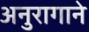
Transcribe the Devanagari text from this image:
अनुरागाने